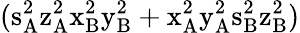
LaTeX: (\mathrm{s_{A}^{2}\mathrm{z_{A}^{2}\mathrm{x_{B}^{2}\mathrm{y_{B}^{2}+\mathrm{x_{A}^{2}\mathrm{y_{A}^{2}\mathrm{s_{B}^{2}\mathrm{z_{B}^{2})}}}}}}}}